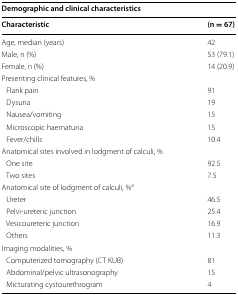
<table><thead><tr><td colspan="2"><b>Demographic and clinical characteristics</b></td></tr><tr><td><b>Characteristic</b></td><td><b>(n = 67)</b></td></tr></thead><tbody><tr><td>Age, median (years)</td><td>42</td></tr><tr><td>Male, n (%)</td><td>53 (79.1)</td></tr><tr><td>Female, n (%)</td><td>14 (20.9)</td></tr><tr><td colspan="2">Presenting clinical features, %</td></tr><tr><td> Flank pain</td><td>91</td></tr><tr><td> Dysuria</td><td>19</td></tr><tr><td> Nausea/vomiting</td><td>15</td></tr><tr><td> Microscopic haematuria</td><td>15</td></tr><tr><td> Fever/chills</td><td>10.4</td></tr><tr><td colspan="2">Anatomical sites involved in lodgment of calculi, %</td></tr><tr><td> One site</td><td>92.5</td></tr><tr><td> Two sites</td><td>7.5</td></tr><tr><td colspan="2">Anatomical site of lodgment of calculi, %<sup>a</sup></td></tr><tr><td> Ureter</td><td>46.5</td></tr><tr><td> Pelvi-ureteric junction</td><td>25.4</td></tr><tr><td> Vesicoureteric junction</td><td>16.9</td></tr><tr><td> Others</td><td>11.3</td></tr><tr><td colspan="2">Imaging modalities, %</td></tr><tr><td> Computerized tomography (CT KUB)</td><td>81</td></tr><tr><td> Abdominal/pelvic ultrasonography</td><td>15</td></tr><tr><td> Micturating cystourethrogram</td><td>4</td></tr></tbody></table>